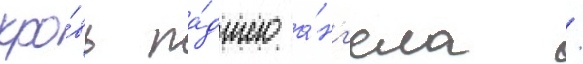
кро́вь па́дшего а́нг'ела /